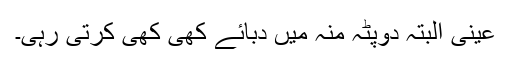
عینی البتہ دوپٹہ منہ میں دبائے کھی کھی کرتی رہی۔